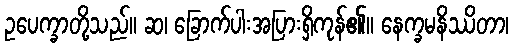
ဥပေက္ခာတို့သည်။ ဆ၊ ခြောက်ပါးအပြားရှိကုန်၏။ နေက္ခမနိဿိတာ၊